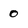
Character: 0